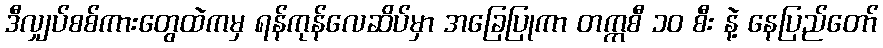
ဒီလျှပ်စစ်ကားတွေထဲကမှ ရန်ကုန်လေဆိပ်မှာ အခြေပြုကာ တက္ကစီ ၁၀ စီး နဲ့ နေပြည်တော်